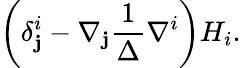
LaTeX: \left(\delta_{\mathbf{j}}^{i}-\nabla_{\mathbf{j}}\frac{{1}}{{\Delta}}\nabla^{i}\right)H_{i}.